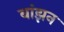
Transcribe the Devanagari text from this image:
बांझन